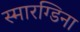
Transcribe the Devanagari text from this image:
स्मारग्डिना